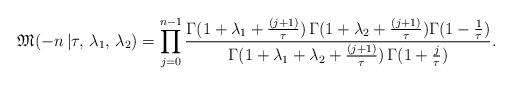
LaTeX: \begin{align*}\mathfrak{M}(-n\,|\tau,\,\lambda_1,\,\lambda_2) = \prod\limits_{j=0}^{n-1} \frac{\Gamma(1+\lambda_1+\frac{(j+1)}{\tau}) \,\Gamma(1+\lambda_2+\frac{(j+1)}{\tau})\Gamma(1-\frac{1}{\tau})}{\Gamma(1+\lambda_1+\lambda_2+\frac{(j+1)}{\tau})\,\Gamma(1+\frac{j}{\tau})}. \end{align*}